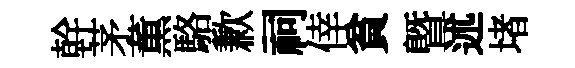
幹茅薫駱歉祠倖貧暨述堵